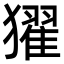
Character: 㺟